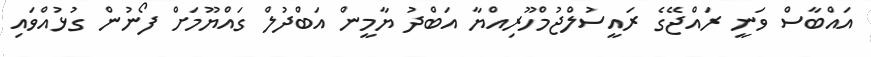
އައްބާސް ވަނީ ރައްޖޭގެ ރައީސުލްޖުމްހޫރިއްޔާ އަބްދު ޔާމީން އަބްދުލް ގައްޔޫމަށް ފޯނުން ގުޅުއްވައި